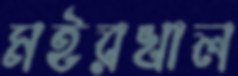
মইরখাল